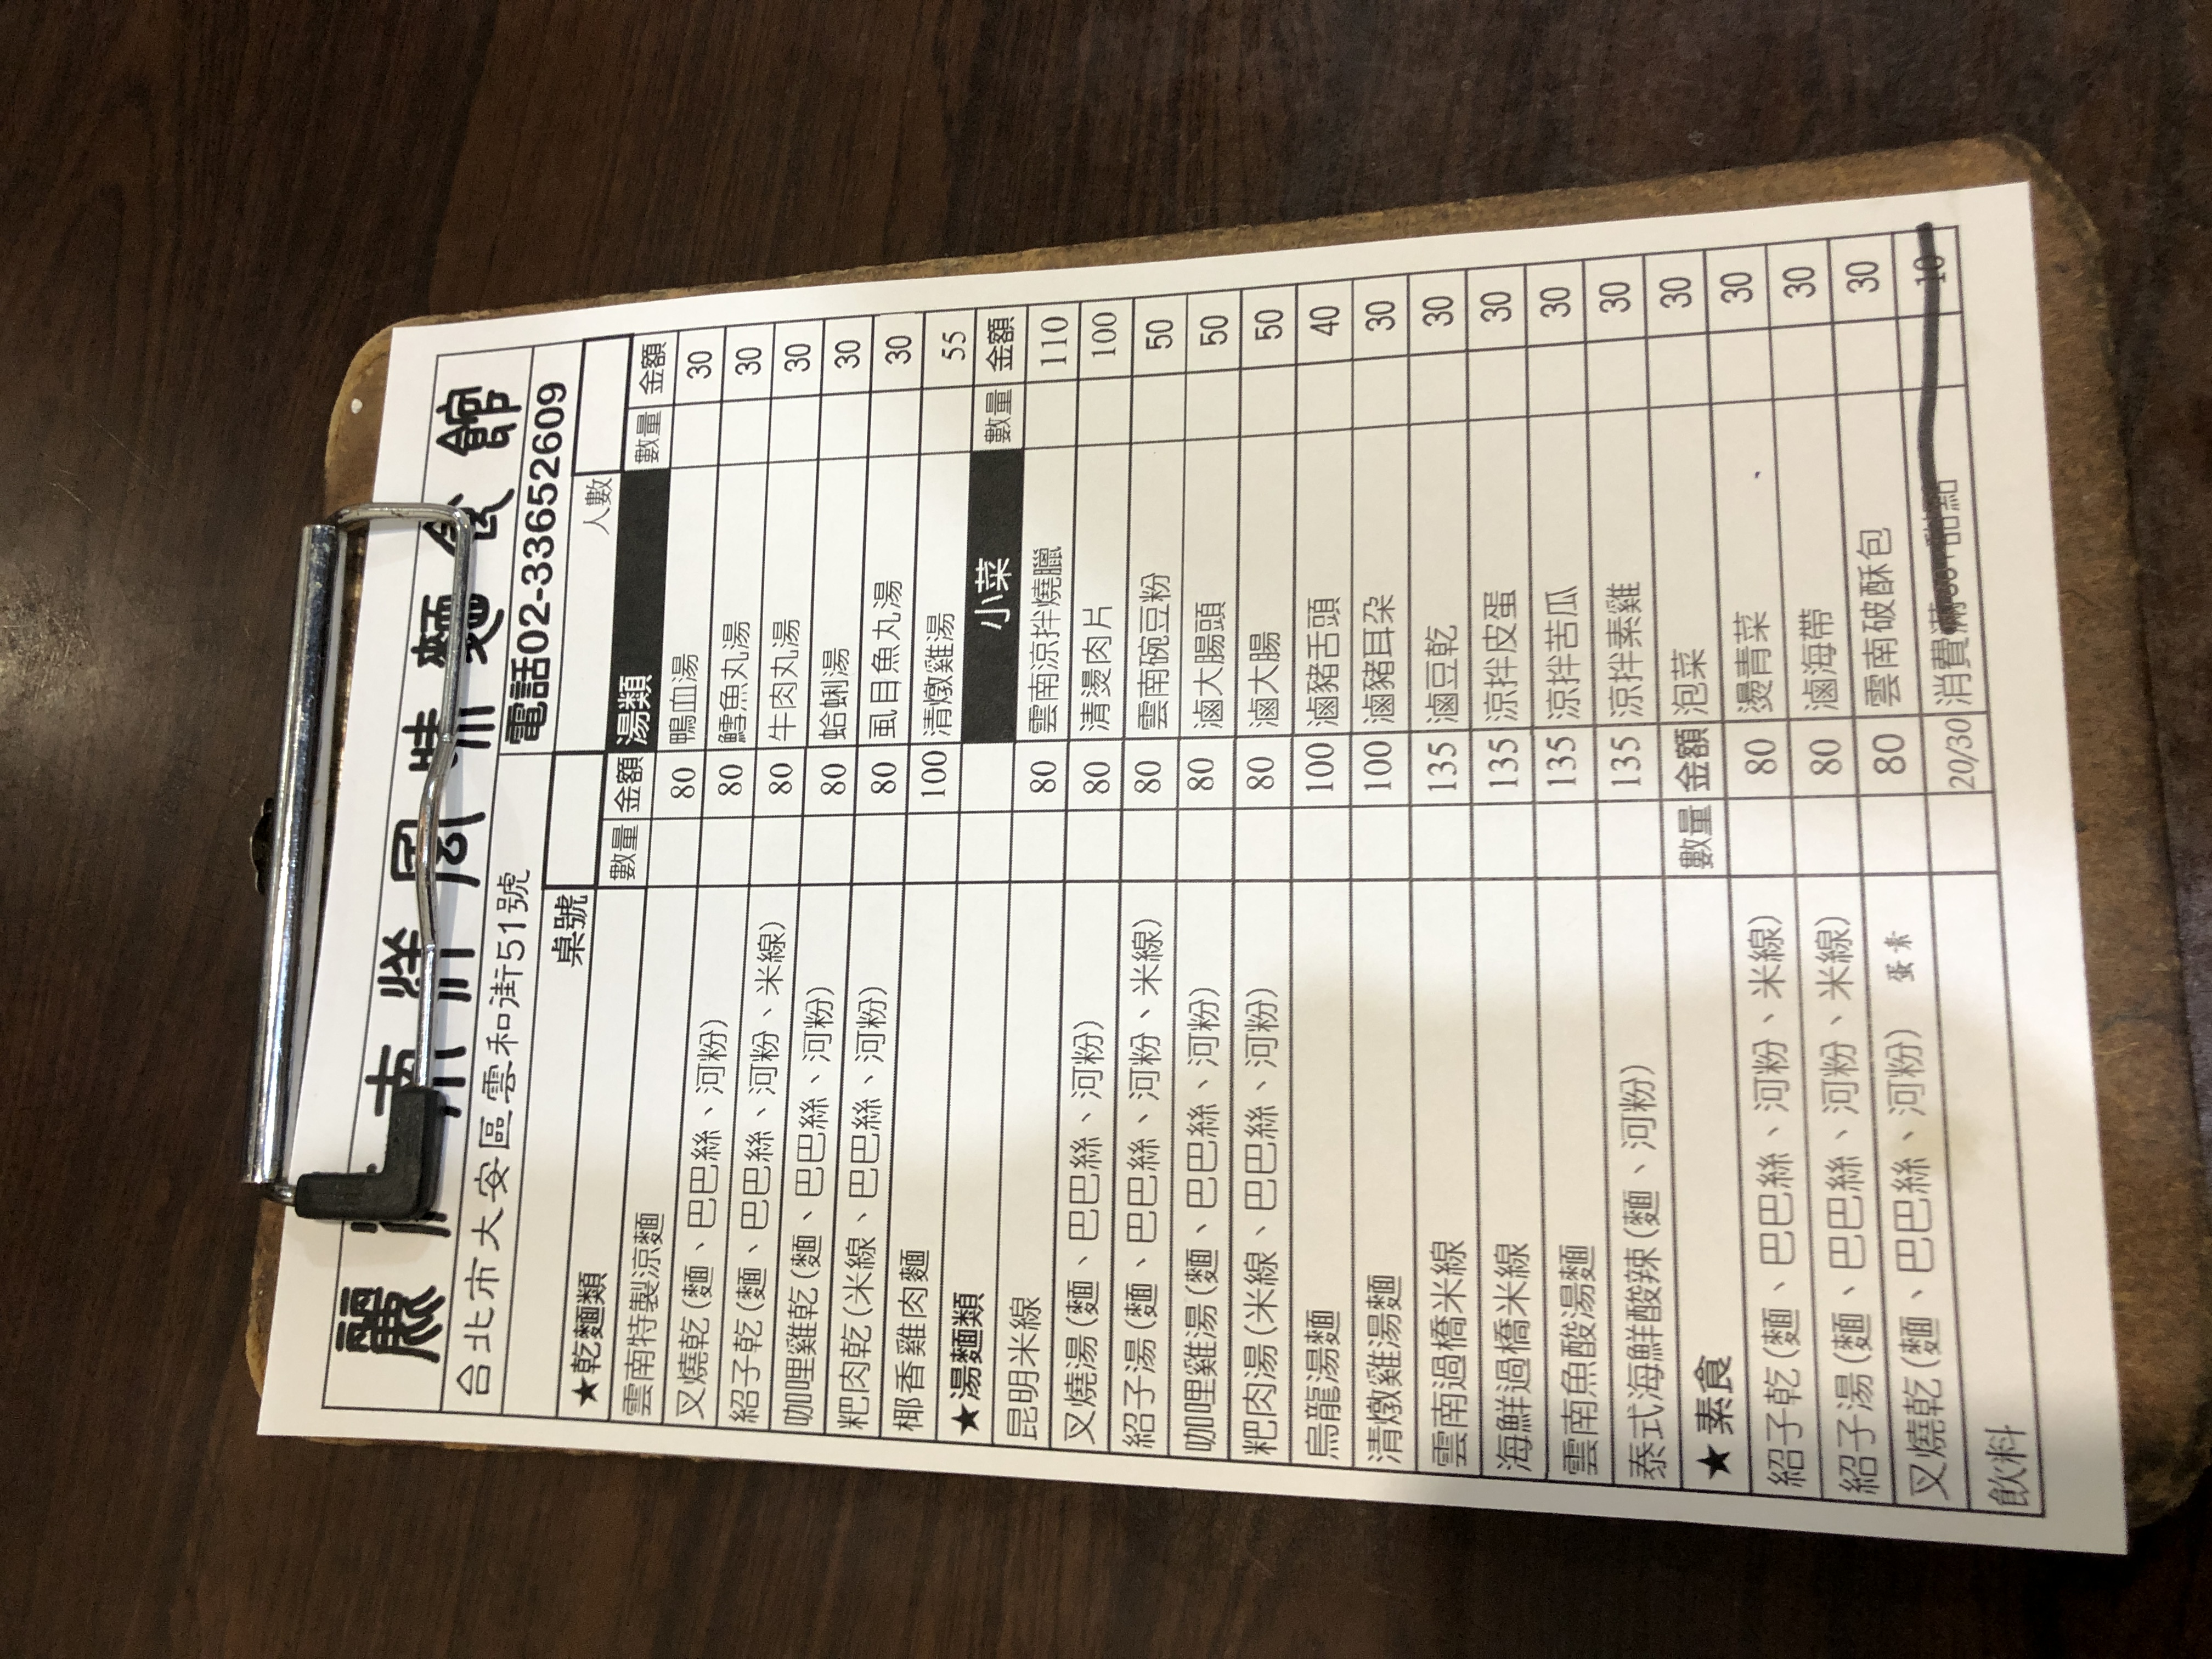
餐廳：麗園
地址：台北市大安區零和街51號
電話：02-33652609
菜單：
name: 雲南特製涼麵
price: 80
name: 叉燒乾(麵、巴巴絲、河粉)
price: 80
name: 紹子乾(麵、巴巴絲、河粉)
price: 80
name: 咖哩雞乾(麵、巴巴絲、河粉)
price: 80
name: 粑肉乾(麵、巴巴絲、河粉)
price: 80
name: 椰香雞肉麵
price: 55
name: 昆明米線
price: 110
name: 又燒湯(麵、巴巴絲、河粉)
price: 100
name: 咖喱雞湯(麵、巴巴絲、河粉)
price: 100
name: 粑肉湯(麵、巴巴絲、河粉)
price: 100
name: 烏龍湯麵
price: 50
name: 清燉雞湯麵
price: 50
name: 雲南過橋米線
price: 50
name: 海鮮過橋米線
price: 40
name: 雲南魚酸湯麵
price: 30
name: 泰式海鮮酸辣(麵、河粉)
price: 30
name: 雲南涼拌烤臘
price: 80
name: 清燙肉片
price: 80
name: 雲南碗豆粉
price: 80
name: 滷大腸
price: 80
name: 滷豬舌頭
price: 100
name: 滷豬耳朵
price: 100
name: 滷豆乾
price: 135
name: 涼拌皮蛋
price: 135
name: 涼拌毛肚
price: 135
name: 涼拌素雞
price: 135
name: 紹子乾(麵、巴巴絲、河粉)
price: 80
name: 紹子湯(麵、巴巴絲、河粉)
price: 80
name: 叉燒乾(麵、巴巴絲、河粉)
price: 80